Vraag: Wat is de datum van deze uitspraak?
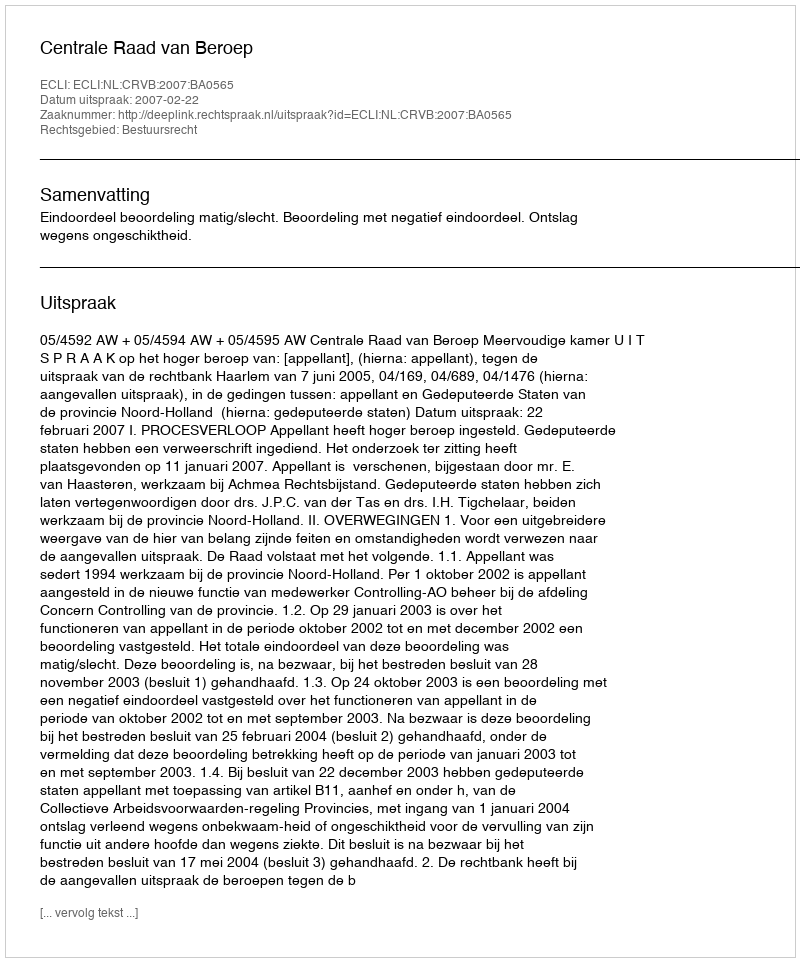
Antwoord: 2007-02-22